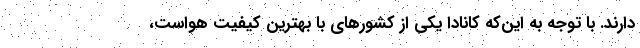
دارند. با توجه به این‌که کانادا یکی از کشورهای با بهترین کیفیت هواست،